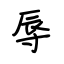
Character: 辱